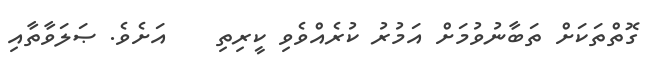
ގޮތްތަކަށް ތަބާނުވުމަށް އަމުރު ކުރެއްވެވި ކީރިތި    އަށެވެ. ޞަލަވާތާއި